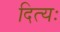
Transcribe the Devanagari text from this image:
दित्यः